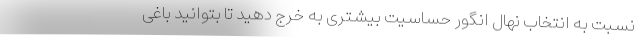
نسبت به انتخاب نهال انگور حساسیت بیشتری به خرج دهید تا بتوانید باغی